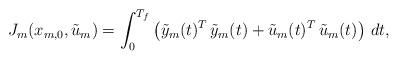
LaTeX: \begin{align*} J_m(x_{m,0},{\tilde u}_m) = \int_0^{T_f} \left ( {\tilde y}_m(t)^T\,{\tilde y}_m(t)+{\tilde u}_m(t)^T\,{\tilde u}_m(t) \right )\,dt,\end{align*}